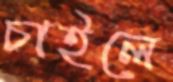
চাইলে